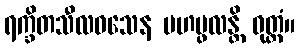
ရက္ခိတသီလဝသေန မဟပ္ဖလန္တိ ဝုတ္တံ။